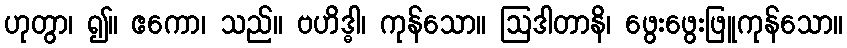
ဟုတွာ၊ ၍။ ဧကော၊ သည်။ ဗဟိဒ္ဓါ၊ ကုန်သော။ ဩဒါတာနိ၊ ဖွေးဖွေးဖြူကုန်သော။